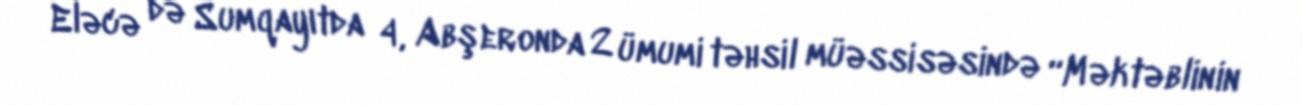
Eləcə də Sumqayıtda 4, Abşeronda 2 ümumi təhsil müəssisəsində “Məktəblinin